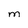
Character: M